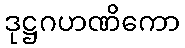
ဒုဋ္ဌဂဟဏိကော